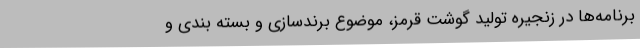
برنامه‌ها در زنجیره تولید گوشت قرمز، موضوع برندسازی و بسته بندی و